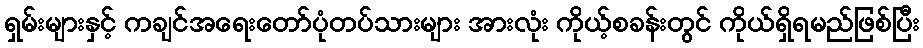
ရှမ်းများနှင့် ကချင်အရေးတော်ပုံတပ်သားများ အားလုံး ကိုယ့်စခန်းတွင် ကိုယ်ရှိရမည်ဖြစ်ပြီး